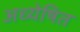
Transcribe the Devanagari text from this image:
अध्येषित